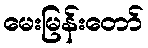
မေးမြန်းတော်